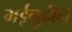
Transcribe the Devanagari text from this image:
मईनुद्दीन